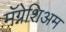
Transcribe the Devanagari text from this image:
मॅग्नेशिअम